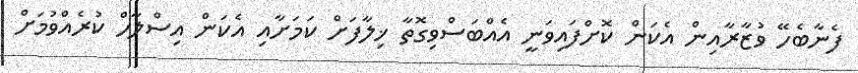
ފެނާބެހޭ ވުޒާރާއިން އެކަން ކޮށްފައިވަނީ އެއްބަސްވިގޮތާ ޚިލާފަށް ކަމަށާއި އެކަން އިސްލާހް ކުރެއްވުމަށް